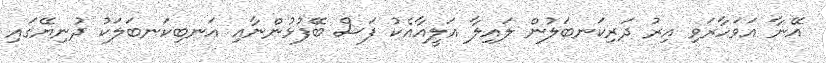
އޭނާ އަވަހާރަވި އިރު ދަރިކަނބަލުން ލައިލާ އަލީއާއެކު ފަސް ބޭފުޅުންނާއި އަނބިކަނބަލަކު ދުނިޔޭގައި